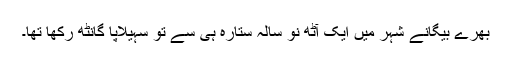
بھرے بیگانے شہر میں ایک آٹھ نو سالہ ستارہ ہی سے تو سہیلاپا گانٹھ رکھا تھا۔